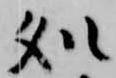
処